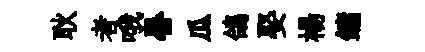
耿者哦晷瓜鴿娶楊鏞